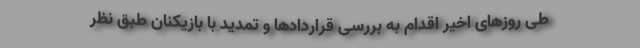
طی روزهای اخیر اقدام به بررسی قراردادها و تمدید با بازیکنان طبق نظر